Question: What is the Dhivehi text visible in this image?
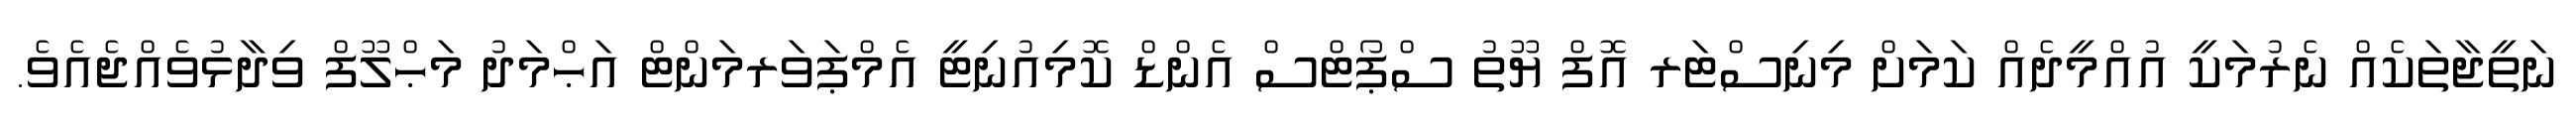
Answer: ނަތީޖާތަކެއް ނެރުމަކީ އުއްމީދެއް ކަމަށް މިނިސްޓަރ އޮފް ޔޫތު ސްޕޯޓްސް އެންޑް ކޮމިއުނިޓީ އެމްޕަވަރމަންޓް އަޙްމަދު މަޙްލޫފް ވިދާޅުވެއްޖެއެވެ.